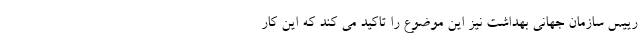
رییس سازمان جهانی بهداشت نیز این موضوع را تاکید می کند که این کار